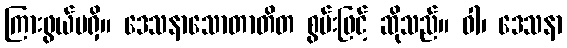
ကြားဖွယ်မရှိ။ ဒေသနာသောတာတိတ စွမ်းဖြင့် ဆိုသည်။ ဝါ၊ ဒေသနာ